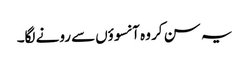
یہ سن کر وہ آنسوؤں‌سے رونے لگا۔